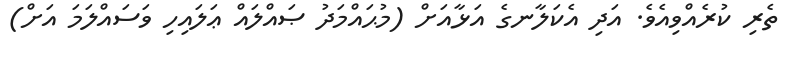
ތެރި ކުރެއްވިއެވެ. އަދި އެކަލާނގެ އަޅާއަށް (މުޙައްމަދު ޞައްލައް ޢަލައިހި ވަސައްލަމަ އަށް)